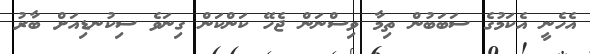
އެހެނީ އެކަމުގެ ސަބަބުން ތިމާ ވިސްނަން ޖެހޭ ކަންކަން ގިނަވެ ސިކުނޑިއަށް ބާރު